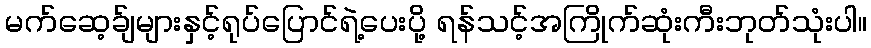
မက်ဆေ့ခ်ျများနှင့်ရုပ်ပြောင်ရဲ့ပေးပို့ ရန်သင့်အကြိုက်ဆုံးကီးဘုတ်သုံးပါ။